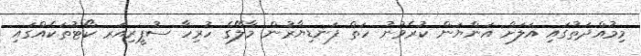
މިމުއްދަތުގައި އަލަށް އަންޔަން ކުރެވުނު ހަތް ފަނޑިޔާރުން މާލޭގެ ހުރިހާ ސުޕީރިއަރ ކޯޓުތަކެއްގައި